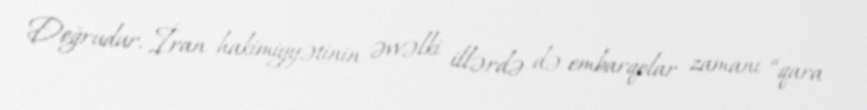
Doğrudur, İran hakimiyyətinin əvvəlki illərdə də embarqolar zamanı “qara